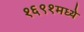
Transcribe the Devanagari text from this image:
१६९१मध्ये